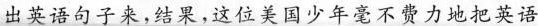
可英语句子来结果这位美国少年毫不费力地把英语